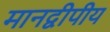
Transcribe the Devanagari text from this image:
मानद्वीपीय